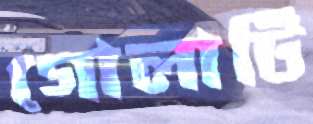
গোলাটি